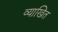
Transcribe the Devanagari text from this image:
व्याखित